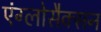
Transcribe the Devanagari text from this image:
एंग्लोसैक्सन